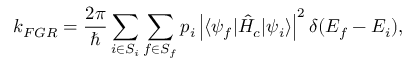
k _ { F G R } = \frac { 2 \pi } { \hbar } \sum _ { i \in S _ { i } } \sum _ { f \in S _ { f } } p _ { i } \left| \langle \psi _ { f } | \hat { H } _ { c } | \psi _ { i } \rangle \right| ^ { 2 } \delta ( E _ { f } - E _ { i } ) ,